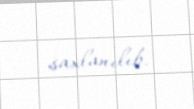
saxlanılıb.